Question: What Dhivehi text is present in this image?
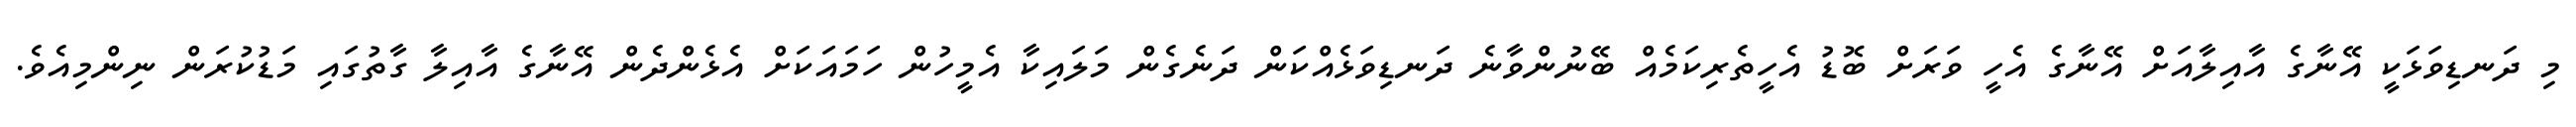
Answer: މި ދަނޑިވަޅަކީ އޭނާގެ އާއިލާއަށް އޭނާގެ އެހީ ވަރަށް ބޮޑު އެހީތެރިކަމެއް ބޭނުންވާނެ ދަނޑިވަޅެއްކަން ދަނެގެން މަލައިކާ އެމީހުން ހަމައަކަށް އެޅެންދެން އޭނާގެ އާއިލާ ގާތުގައި މަޑުކުރަން ނިންމިއެވެ.